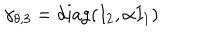
\gamma _ { \theta , 3 } = \mathrm { d i a g } ( I _ { 2 } , \alpha I _ { 1 } )